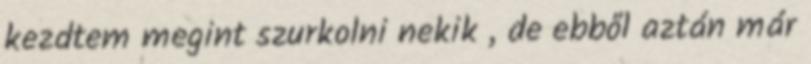
kezdtem megint szurkolni nekik , de ebből aztán már